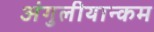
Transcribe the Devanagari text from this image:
अंगुलीयान्कम